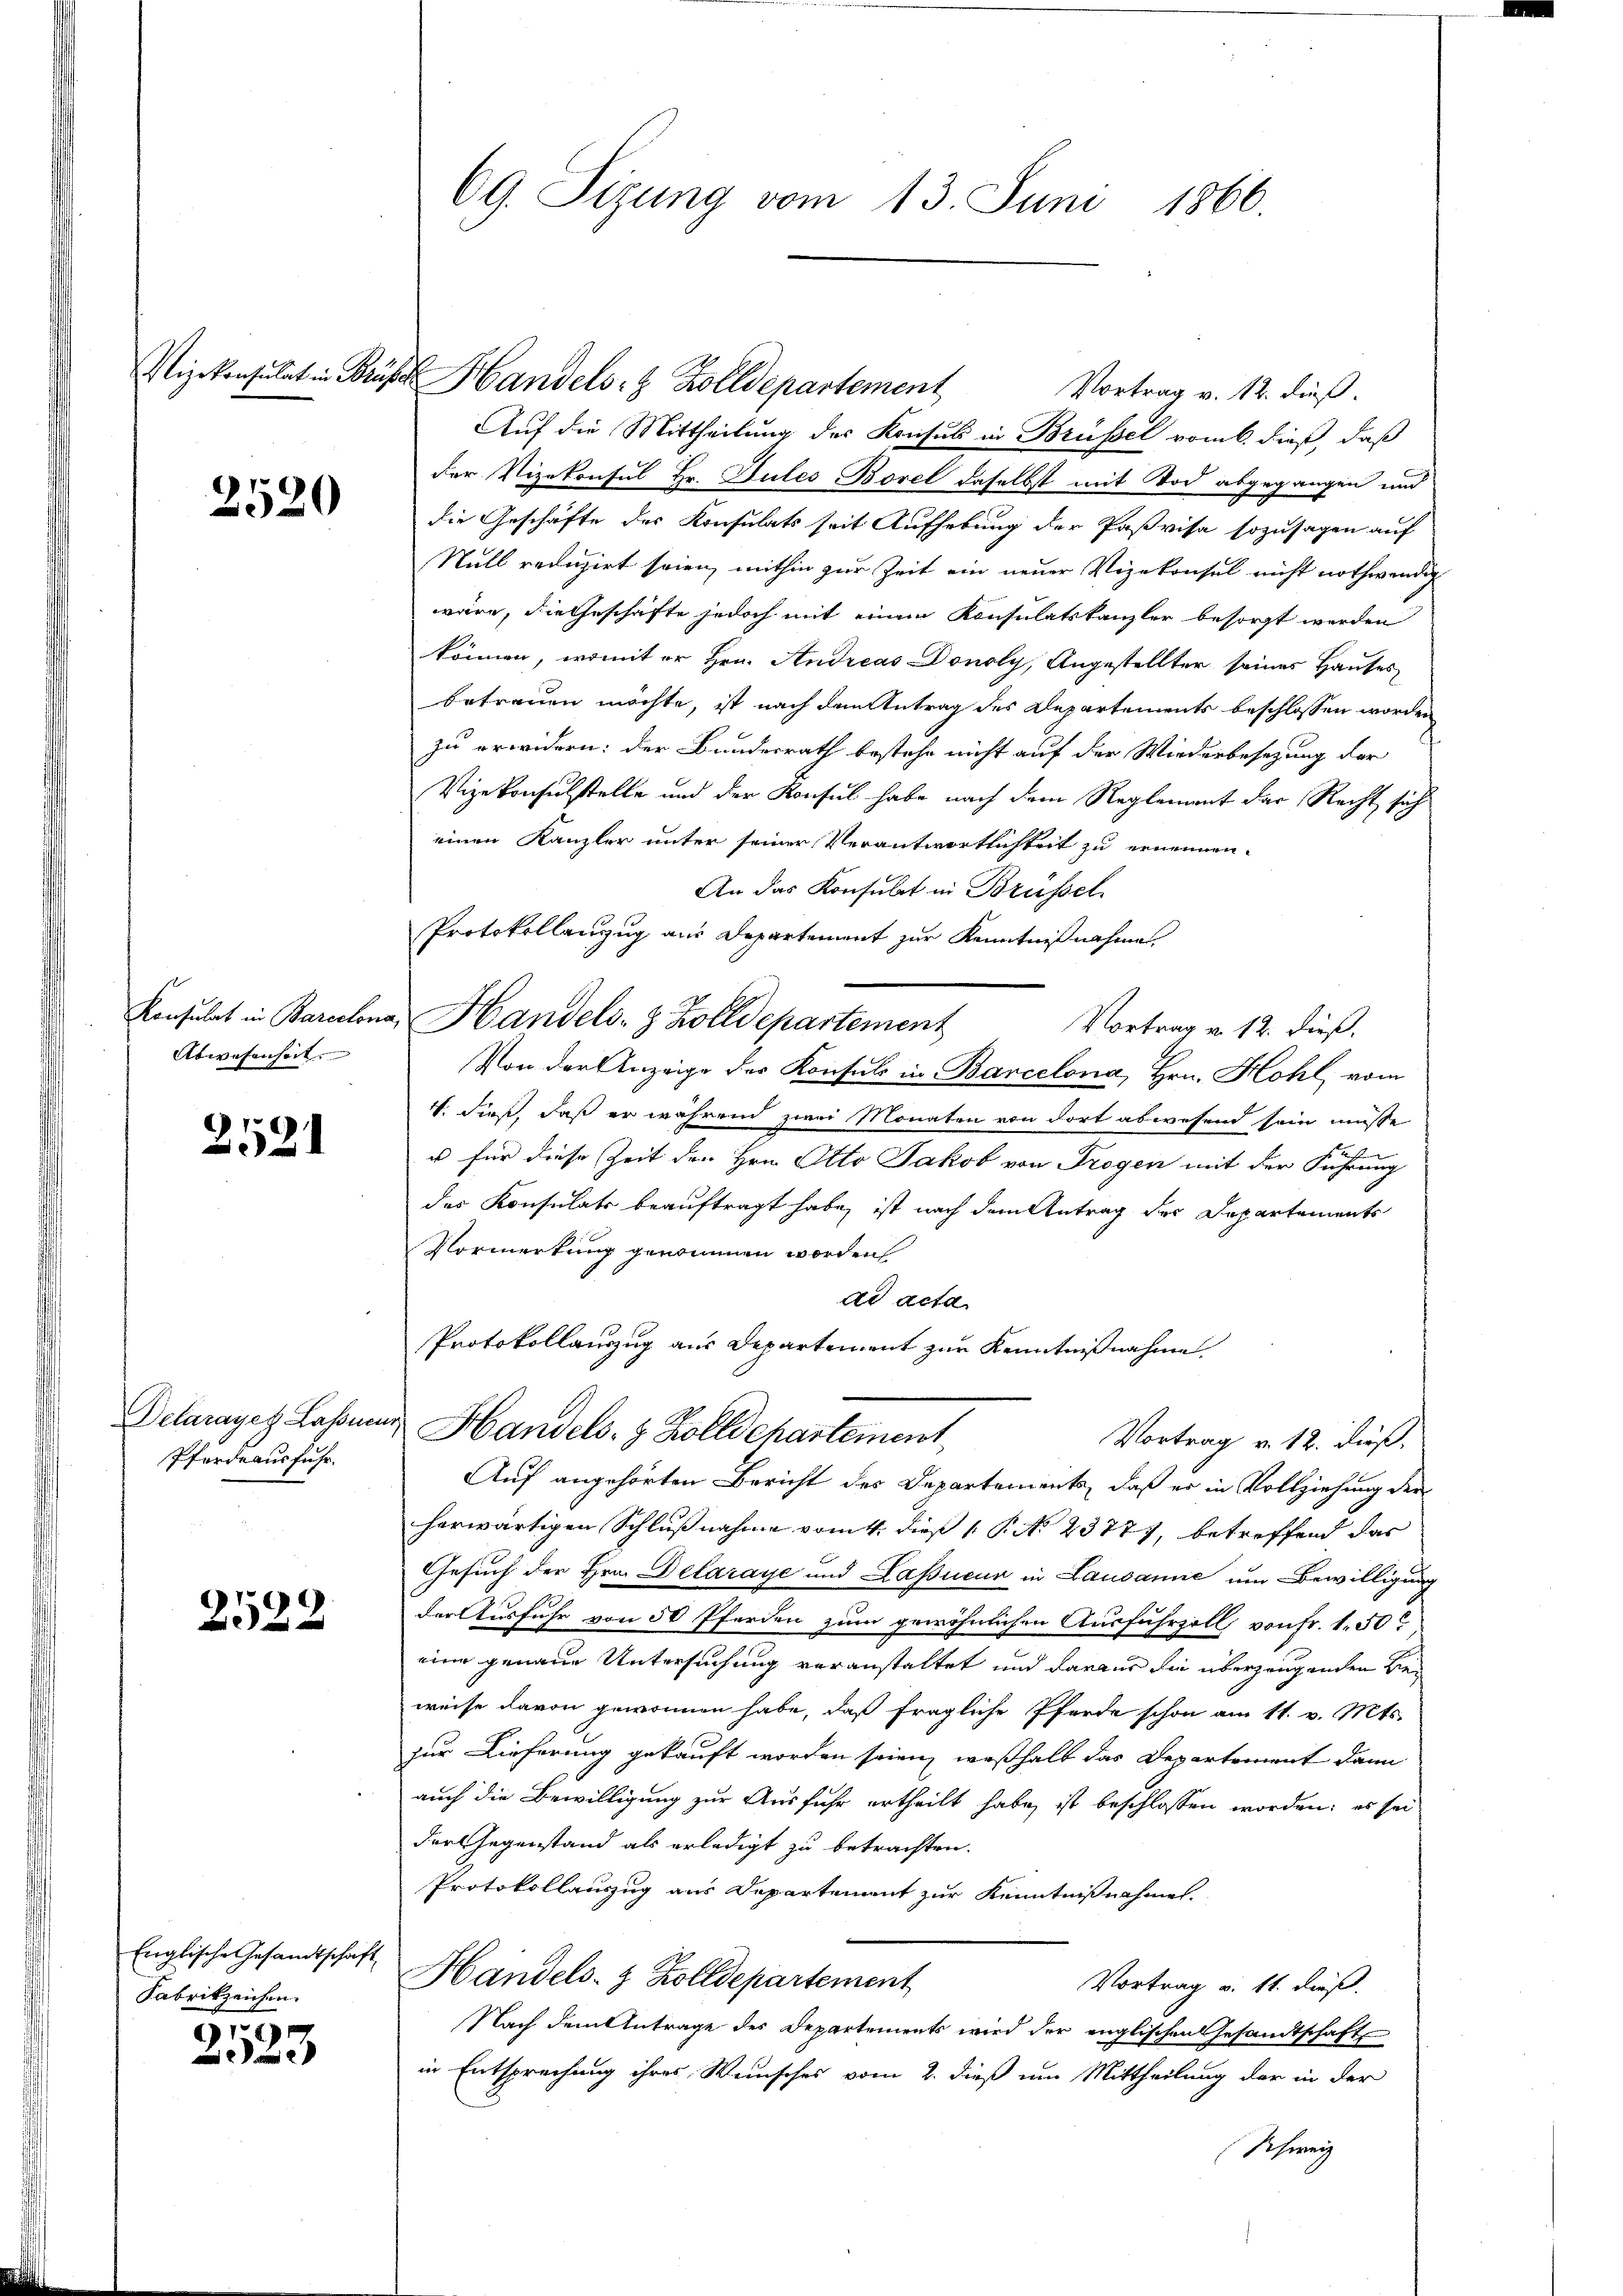
2520

Eleusulat in Barcelen
Abwesenheit.

2521

Delarayez Lassnen
Pferdeausfuhr.

2522

Englische Gesandtschaft
Fabrikzeichen

8
323

69. Sizung vom 13. Juni 1866.

Vizekonsulat in Brüder Handels- & Zolldepartement
Vortrag v. 12. dieß.
Auf die Mittheilung des Konsul in Brüssel vom 6. dieß, daß
der Vizekonsul Hr. Gules Borel daselbst mit Tod abgegangen und
die Geschäfte des Konsulats seit Aufhebung der Paßvisa sozusagen auf
Null reduzirt seien, mithin zur Zeit ein neuer Vizekonsul nicht nothwendig
wäre, die Geschäfte jedoch mit einem Konsulatskanzler besorgt werden
können, womit er Hrn. Andreas Donoly, Angestellter seines Hauses
betrauen möchte, ist nach dem Antrag des Departements beschlossen worden
zu erwidern: der Bundesrath bestehe nicht auf der Wiederbesetzung der
Vizekonsulstelle und der Konsul habe nach dem Reglement der Recht sich
einen Kanzler unter seiner Verantwortlichkeit zu ernennen.
An das Konsulat in Brüssel
Protokollanzug aus Departement zur Kenntnißnahme.
Handels- & Zolldepartement
Vortrag u. 12. dieß.
Von der Anzeige der Konsuls in Barcelona, Hrn. Hohl vom
4. dieß, daß er während zwei Monaten von dort abwesend sein müsse
u für diese Zeit den Hrn. Otto Jakob von Trogen mit der Führung
des Konsulats beauftragt habe, ist nach dem Antrag der Departements
Vormerkung genommen worden
ad acta
Protokollauszug aus Departiment zur Kenntnißnahme
 Handels- & Zolldepartement
Vortrag v. 12. dieß,
Auf angehörten Bericht des Departements, daß er in Vollziehung der
herwärtigen Schlußnahme vom 4. dieß P. No 2377), betreffend das
Gesuch der Hrn. Delaraye und Lassieur in Lausanie um Bewilligung
der Ausfuhr von 50 Pferden zum gewöhnlichen Ausfuhrzoll von Fr. 1. 50
eine genaue Untersuchung veranstaltet und daraus die überzeugenden Bieweise davon gewonnen habe, daß fragliche Pferde schon am 11. v. Mts.
zur Lieferung gekauft worden seien, weßhalb das Departement dann
auch die Bewilligung zur Ausfuhr ertheilt habe, ist beschlossen worden; es sei
der Gegenstand als erledigt zu betrachten.
Protokollanzug aus Departement zur Kenntnißnahmen.
Handels- & Zolldepartement
Vortrag v. 11. dieß.
Nach dem Antrage des Departements wird der englischen Gesandtschaft
in Entsprechung ihres Wunsches vom 2. dieß um Mittheilung der in der
Schweiz